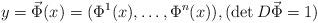
LaTeX: \begin{align*}y=\vec \Phi(x)=(\Phi^1(x),\ldots, \Phi^n(x)),(\det D\vec \Phi =1)\end{align*}